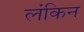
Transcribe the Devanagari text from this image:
लंकिन